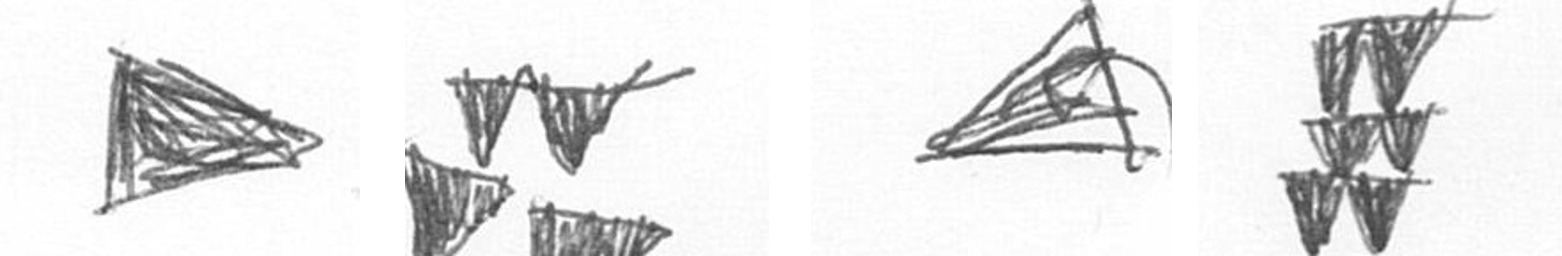
T B O Y